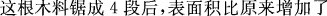
这根木料锯成4段后，表面积比原来增加了